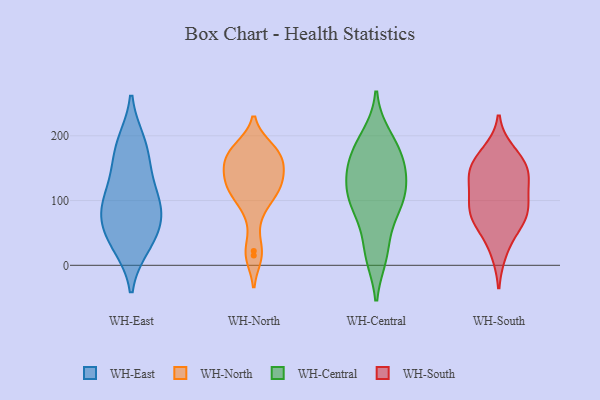
{"axis": {"x": "Net Income (USD K)", "y": "Value"}, "legend": ["WH-Central", "WH-East", "WH-North", "WH-South"], "data": [{"x": "", "y": 93, "type": "WH-East"}, {"x": "", "y": 188, "type": "WH-East"}, {"x": "", "y": 30, "type": "WH-East"}, {"x": "", "y": 52, "type": "WH-East"}, {"x": "", "y": 103, "type": "WH-East"}, {"x": "", "y": 190, "type": "WH-East"}, {"x": "", "y": 156, "type": "WH-East"}, {"x": "", "y": 96, "type": "WH-East"}, {"x": "", "y": 66, "type": "WH-East"}, {"x": "", "y": 138, "type": "WH-East"}, {"x": "", "y": 31, "type": "WH-East"}, {"x": "", "y": 77, "type": "WH-East"}, {"x": "", "y": 161, "type": "WH-North"}, {"x": "", "y": 113, "type": "WH-North"}, {"x": "", "y": 126, "type": "WH-North"}, {"x": "", "y": 22, "type": "WH-North"}, {"x": "", "y": 181, "type": "WH-North"}, {"x": "", "y": 164, "type": "WH-North"}, {"x": "", "y": 135, "type": "WH-North"}, {"x": "", "y": 153, "type": "WH-North"}, {"x": "", "y": 15, "type": "WH-North"}, {"x": "", "y": 138, "type": "WH-North"}, {"x": "", "y": 112, "type": "WH-North"}, {"x": "", "y": 176, "type": "WH-North"}, {"x": "", "y": 109, "type": "WH-North"}, {"x": "", "y": 77, "type": "WH-North"}, {"x": "", "y": 178, "type": "WH-North"}, {"x": "", "y": 16, "type": "WH-Central"}, {"x": "", "y": 101, "type": "WH-Central"}, {"x": "", "y": 110, "type": "WH-Central"}, {"x": "", "y": 130, "type": "WH-Central"}, {"x": "", "y": 150, "type": "WH-Central"}, {"x": "", "y": 86, "type": "WH-Central"}, {"x": "", "y": 198, "type": "WH-Central"}, {"x": "", "y": 172, "type": "WH-Central"}, {"x": "", "y": 180, "type": "WH-Central"}, {"x": "", "y": 89, "type": "WH-Central"}, {"x": "", "y": 146, "type": "WH-Central"}, {"x": "", "y": 23, "type": "WH-Central"}, {"x": "", "y": 132, "type": "WH-South"}, {"x": "", "y": 151, "type": "WH-South"}, {"x": "", "y": 77, "type": "WH-South"}, {"x": "", "y": 153, "type": "WH-South"}, {"x": "", "y": 173, "type": "WH-South"}, {"x": "", "y": 96, "type": "WH-South"}, {"x": "", "y": 68, "type": "WH-South"}, {"x": "", "y": 151, "type": "WH-South"}, {"x": "", "y": 121, "type": "WH-South"}, {"x": "", "y": 88, "type": "WH-South"}, {"x": "", "y": 69, "type": "WH-South"}, {"x": "", "y": 23, "type": "WH-South"}]}